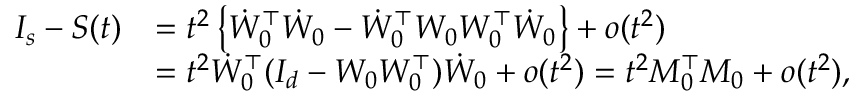
\begin{array} { r l } { I _ { s } - S ( t ) } & { = t ^ { 2 } \left\{ \dot { W } _ { 0 } ^ { \top } \dot { W } _ { 0 } - \dot { W } _ { 0 } ^ { \top } W _ { 0 } W _ { 0 } ^ { \top } \dot { W } _ { 0 } \right\} + o ( t ^ { 2 } ) } \\ & { = t ^ { 2 } \dot { W } _ { 0 } ^ { \top } ( I _ { d } - W _ { 0 } W _ { 0 } ^ { \top } ) \dot { W } _ { 0 } + o ( t ^ { 2 } ) = t ^ { 2 } M _ { 0 } ^ { \top } M _ { 0 } + o ( t ^ { 2 } ) , } \end{array}